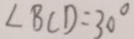
\angle B C D = 3 0 ^ { \circ }